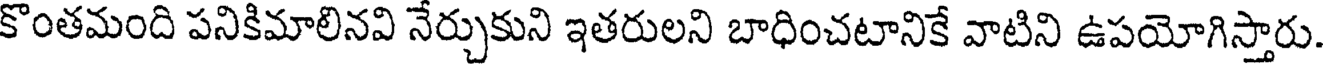
కొంతమంది పనికిమాలినవి నేర్చుకుని ఇతరులని బాధించటానికే వాటిని ఉపయోగిస్తారు.